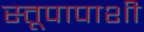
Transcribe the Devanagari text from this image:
स्तूपापाशी